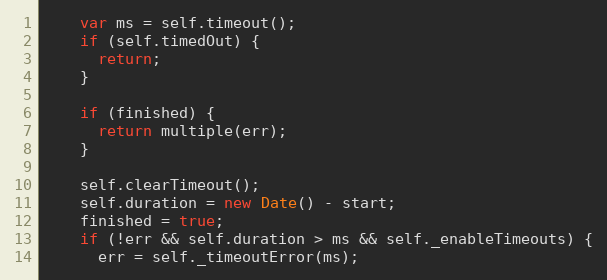
Language: JavaScript
    var ms = self.timeout();
    if (self.timedOut) {
      return;
    }

    if (finished) {
      return multiple(err);
    }

    self.clearTimeout();
    self.duration = new Date() - start;
    finished = true;
    if (!err && self.duration > ms && self._enableTimeouts) {
      err = self._timeoutError(ms);